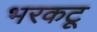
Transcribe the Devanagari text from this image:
भरकटू